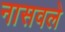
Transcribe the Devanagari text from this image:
नासवले